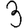
Digit: 3